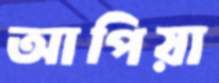
আপিয়া